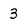
Character: 3